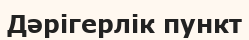
Дәрігерлік пункт